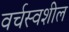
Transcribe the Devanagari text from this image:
वर्चस्वशील